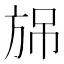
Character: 𣃫